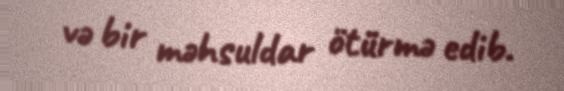
və bir məhsuldar ötürmə edib.